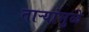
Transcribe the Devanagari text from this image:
ताऱ्यांमुळे